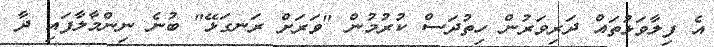
އެ ފިލާވަޅުތައް ދަރިވަރުން ހިތުދަސް ކުރުމުން "ވަރަށް ރަނގަޅޭ" ބުނެ ނިންމާލާފައި ދާ